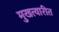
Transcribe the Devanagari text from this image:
मुखत्यारीत